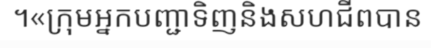
។«ក្រុមអ្នកបញ្ជាទិញនិងសហជីពបាន